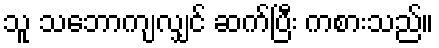
သူ သဘောကျလျှင် ဆက်ပြီး ကစားသည်။